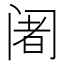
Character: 阇